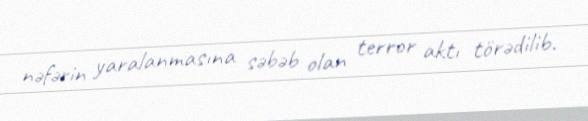
nəfərin yaralanmasına səbəb olan terror aktı törədilib.